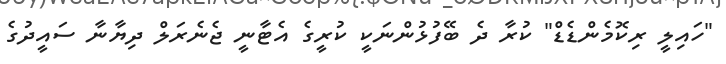
"ހައިލީ ރިކޮމެންޑެޑް" ކުރާ ދެ ބޭފުޅުންނަކީ ކުރީގެ އެޓާނީ ޖެނެރަލް ދިޔާނާ ސައީދުގެ